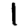
Digit: 1